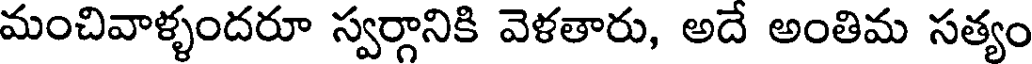
మంచివాళ్ళందరూ స్వర్గానికి వెళతారు, అదే అంతిమ సత్యం